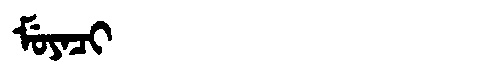
Manchu: ᠮᡠᠶᠠᠴᡳ
Romanization: MUYACI